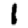
Digit: 1